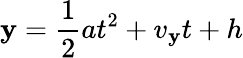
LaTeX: \mathbf{y}={\frac{{1}}{{2}}}at^{2}+v_{\mathbf{y}}t+h